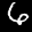
Label: 6